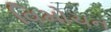
વિમોચન